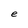
Character: e